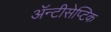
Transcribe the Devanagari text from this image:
ॲन्टीसेप्टिक